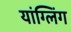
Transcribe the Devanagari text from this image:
यांग्लिंग